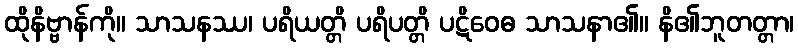
ထိုနိဗ္ဗာန်ကို။ သာသနဿ၊ ပရိယတ္တိ ပရိပတ္တိ ပဋိဝေဓ သာသနာ၏။ နိ၏ဘူတတ္တာ၊